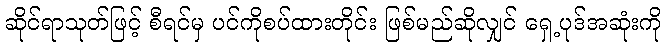
ဆိုင်ရာသုတ်ဖြင့် စီရင်မှ ပင်ကိုစပ်ထားတိုင်း ဖြစ်မည်ဆိုလျှင် ရှေ့ပုဒ်အဆုံးကို